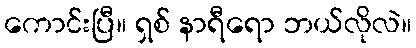
ကောင်းပြီ။ ရှစ် နာရီရော ဘယ်လိုလဲ။